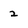
Character: 2